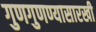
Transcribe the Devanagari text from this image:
गुणगुणण्यासारखी